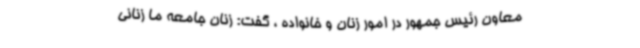
معاون رئیس جمهور در امور زنان و خانواده ، گفت: زنان جامعه ما زنانی